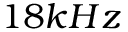
1 8 k H z